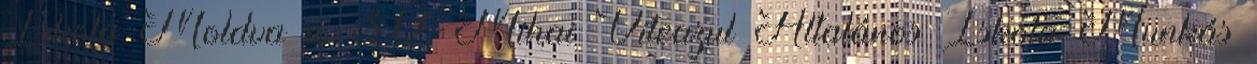
Iskola Moldva u. 30. Mihai Viteazul Általános Iskola Munkás